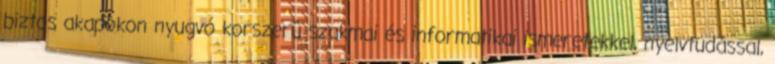
biztos akapokon nyugvó korszerû szakmai és informatikai ismeretekkel, nyelvtudással,